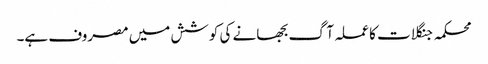
محکمہ جنگلات کا عملہ آگ بجھانے کی کوشش میں مصروف ہے۔